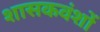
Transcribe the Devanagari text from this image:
शासकवंशों